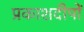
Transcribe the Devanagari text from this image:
प्रकाशदीपों